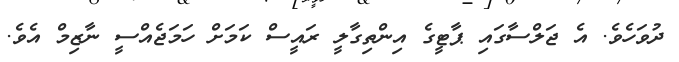
ދުވަހެވެ. އެ ޖަލްސާގައި ޕާޓީގެ އިންތިގާލީ ރައީސް ކަމަށް ހަމަޖެއްސީ ނާޒިމް އެވެ.